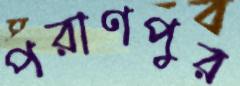
পরাণপুর